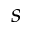
s